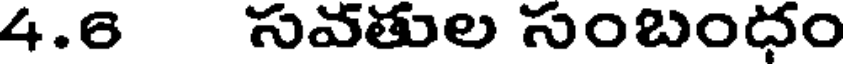
4.6 సవతుల సంబంధం